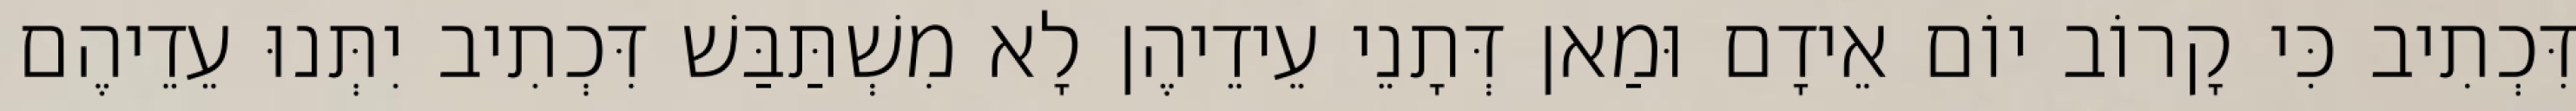
דִּכְתִיב כִּי קָרוֹב יוֹם אֵידָם וּמַאן דְּתָנֵי עֵידֵיהֶן לָא מִשְׁתַּבַּשׁ דִּכְתִיב יִתְּנוּ עֵדֵיהֶם